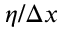
\eta / \Delta x